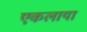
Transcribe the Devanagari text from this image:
एकलाया